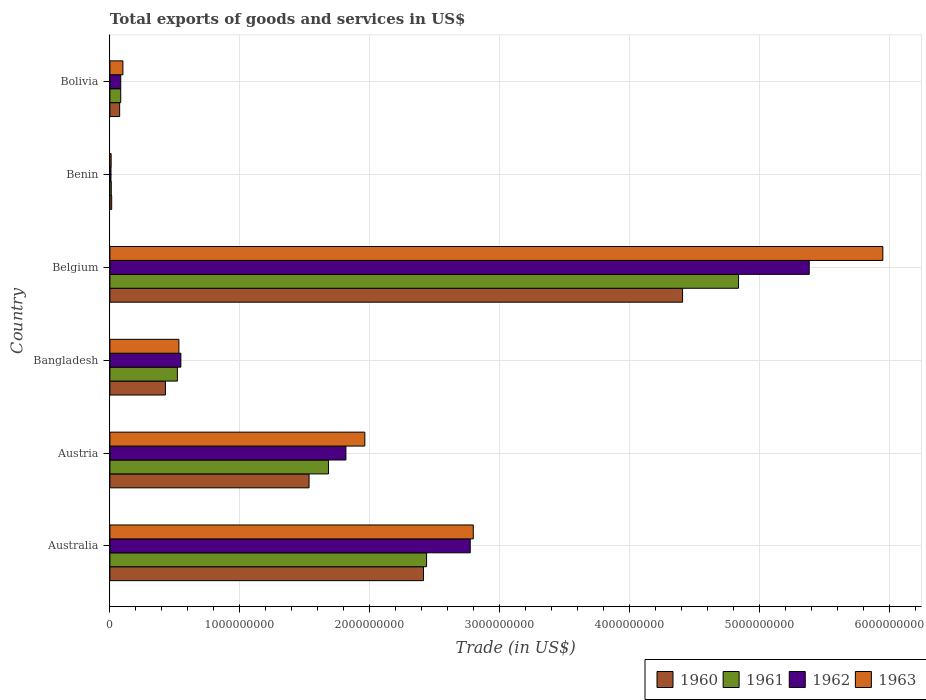
| Country | 1960 | 1961 | 1962 | 1963 |
 | --- | --- | --- | --- | --- |
 | Australia | 2.41e+09 | 2.44e+09 | 2.77e+09 | 2.8e+09 |
 | Austria | 1.53e+09 | 1.68e+09 | 1.82e+09 | 1.96e+09 |
 | Bangladesh | 4.27e+08 | 5.19e+08 | 5.46e+08 | 5.31e+08 |
 | Belgium | 4.41e+09 | 4.84e+09 | 5.38e+09 | 5.95e+09 |
 | Benin | 1.39e+07 | 1.08e+07 | 8.32e+06 | 9.7e+06 |
 | Bolivia | 7.51e+07 | 8.35e+07 | 8.35e+07 | 1e+08 |